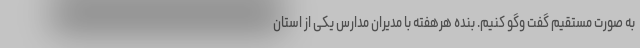
به صورت مستقیم گفت وگو کنیم. بنده هرهفته با مدیران مدارس یکی از استان